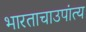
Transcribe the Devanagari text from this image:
भारताचाउपांत्य